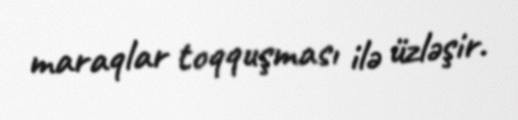
maraqlar toqquşması ilə üzləşir.